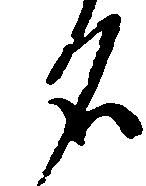
名